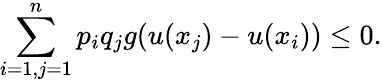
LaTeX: \sum_{i=1,j=1}^{n}p_{i}q_{j}g(u(x_{j})-u(x_{i}))\leq 0.